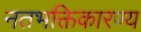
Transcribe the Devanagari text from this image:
नतभक्तिकारण्य